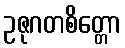
ဥဇုဂတစိတ္တော